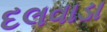
દલવાડા